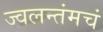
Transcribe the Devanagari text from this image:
ज्वलन्तंमचं